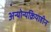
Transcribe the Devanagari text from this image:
अन्योन्यक्रियाहीन